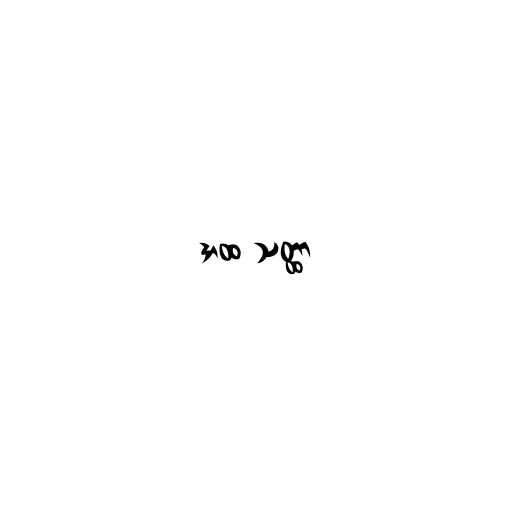
အထ သတ္ထာ